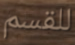
للقسم